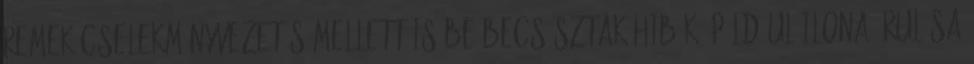
remek cselekményvezetés mellett is be-becsúsztak hibák, például Ilona árulása